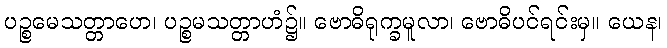
ပဉ္စမေသတ္တာဟေ၊ ပဉ္စမသတ္တာဟံ၌။ ဗောဓိရုက္ခမူလာ၊ ဗောဓိပင်ရင်းမှ။ ယေန၊